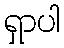
ရှာပါ